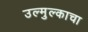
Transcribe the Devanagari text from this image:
उल्मुल्काचा